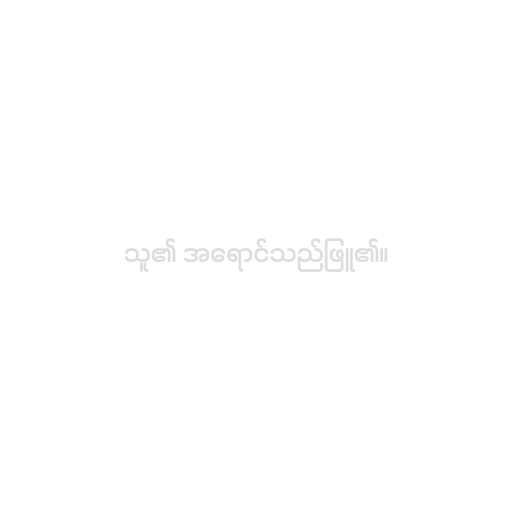
သူ၏ အရောင်သည်ဖြူ၏။